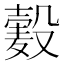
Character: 𱋞